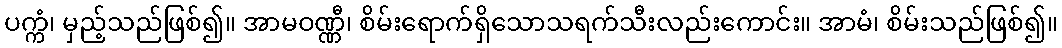
ပက္ကံ၊ မှည့်သည်ဖြစ်၍။ အာမဝဏ္ဏီ၊ စိမ်းရောက်ရှိသောသရက်သီးလည်းကောင်း။ အာမံ၊ စိမ်းသည်ဖြစ်၍။